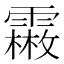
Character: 𩅤